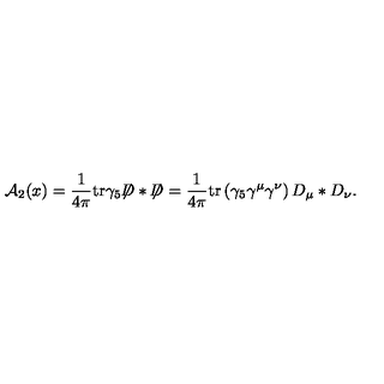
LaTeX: { \cal A } _ { 2 } ( x ) = \frac { 1 } { 4 \pi } \mathrm { t r } \gamma _ { 5 } { \not \! \! D } * { \not \! \! D } = \frac { 1 } { 4 \pi } \mathrm { t r } \left( \gamma _ { 5 } \gamma ^ { \mu } \gamma ^ { \nu } \right) D _ { \mu } * D _ { \nu } .